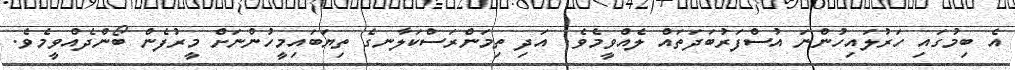
އެ ބިމުގައި ހަރުލައިހުންނަ އުސްފަރުބަދަތައް ލެއްވީމެވެ. އަދި ތިމަންރަސްކަލާނގެ ތިޔަބައިމީހުންނަށް މީރުފެން ބޯންދެއްވީމެވެ.